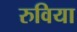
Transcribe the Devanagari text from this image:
रुविया